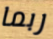
ربما